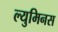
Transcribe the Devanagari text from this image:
ल्युमिनस